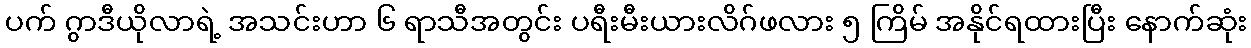
ပက် ဂွာဒီယိုလာရဲ့ အသင်းဟာ ၆ ရာသီအတွင်း ပရီးမီးယားလိဂ်ဖလား ၅ ကြိမ် အနိုင်ရထားပြီး နောက်ဆုံး